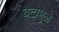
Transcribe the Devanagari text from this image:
बेटामुळे